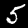
Label: 5